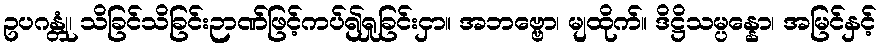
ဥပဂန္တုံ၊ သိခြင်သိခြင်းဉာဏ်ဖြင့်ကပ်၍ရှုခြင်းငှာ။ အဘဗ္ဗော၊ မျထိုက်။ ဒိဋ္ဌိသမ္ပန္နော၊ အမြင်နှင့်